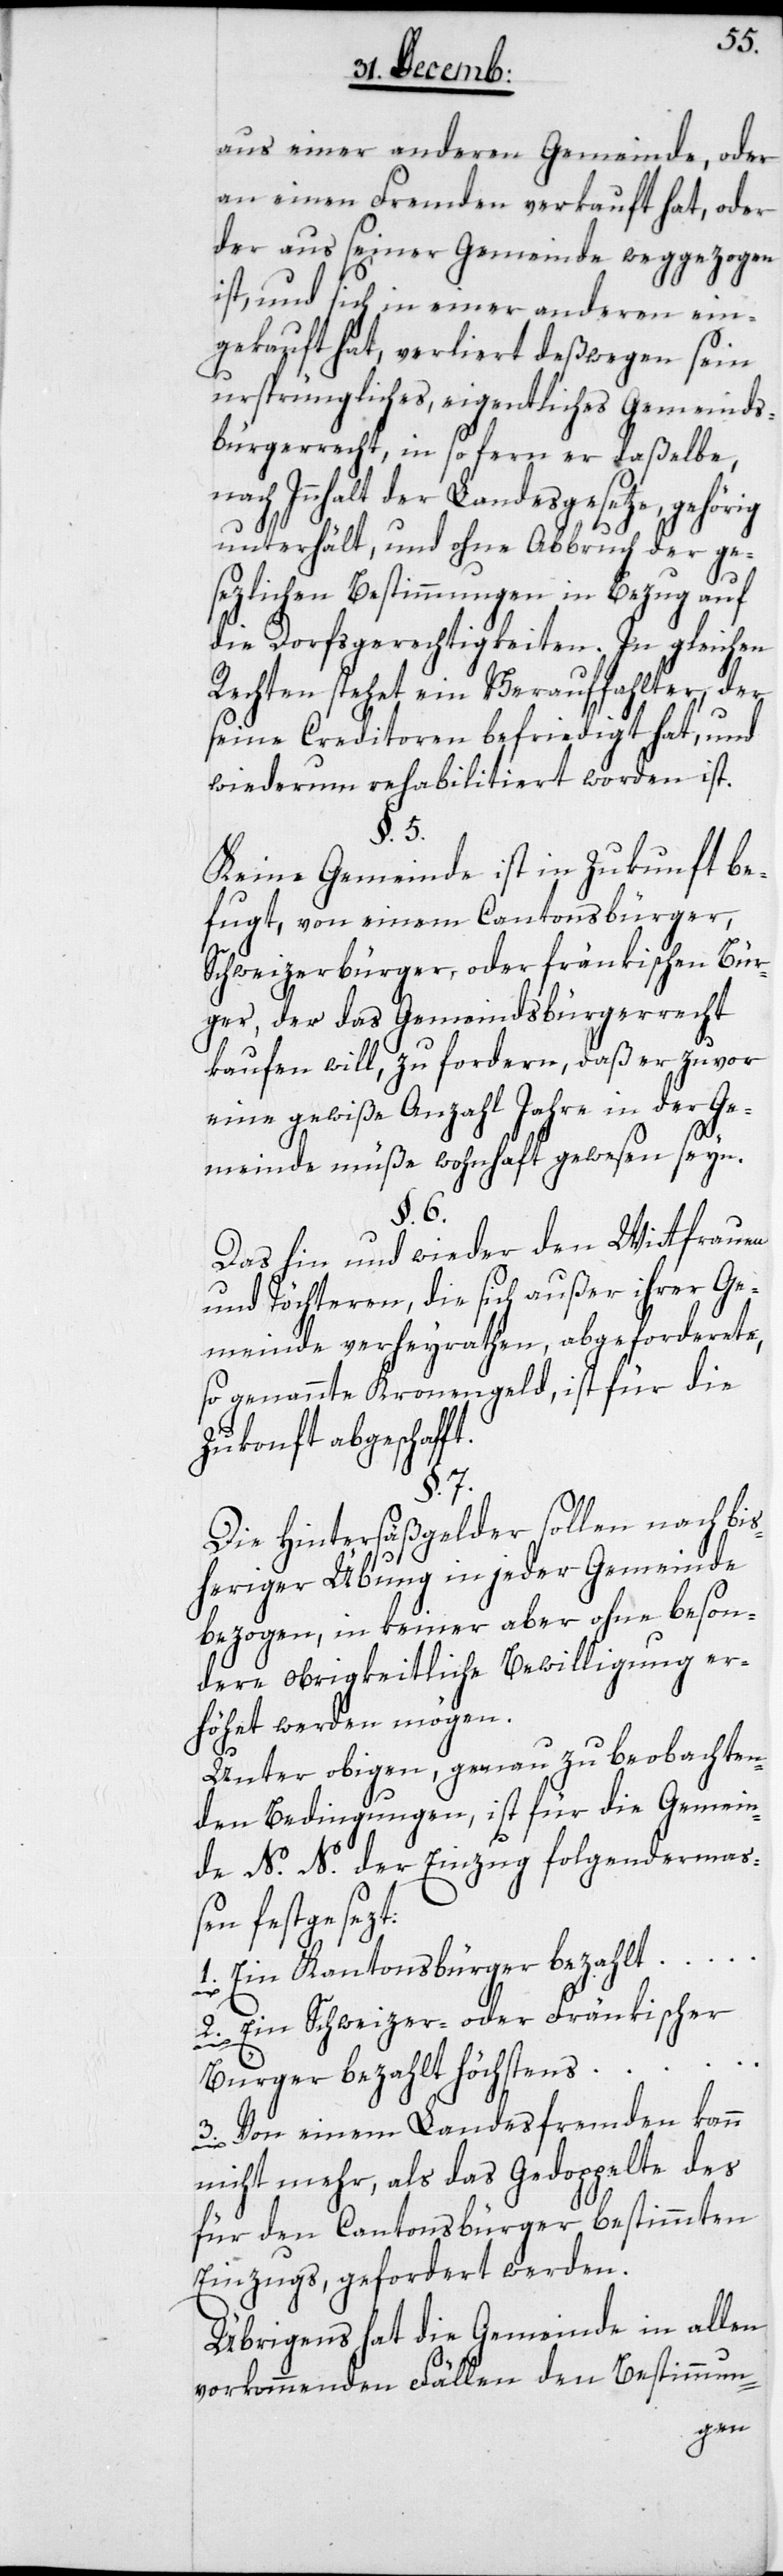
aus einer andern Gemeinde, oder
an einen Fremden verkauft hat, oder
der aus seiner Gemeinde weggezogen
ist, und sich in einer anderen ein¬
gekauft hat, verliert deßwegen sein
ursprüngliches, eigentliches Gemeinds¬
bürgerrecht, insofern er daßelbe,
nach Innhalt der Landesgesetze, gehörig
t.
unterhält, und ohne Abbruch der ge¬
setzlichen Bestimmungen, in Bezug auf
die Dorfsgerechtigkeiten. In gleichen
Rechten stehet ein Verauffahlter
seine Creditoren befriedigt hat, und
wiederum rehabilitiert worden ist.
§. 5.
Keine Gemeinde ist in Zukunft be¬
fugt, von einem Cantonsbürger,
Schweizerbürger oder fränkischen Bür¬
ger, der das Gemeindsbürgerrecht
kaufen will, zu fordern, daß er zuvor
eine gewiße Anzahl Jahre in der Ge¬
meinde müße wohnhaft gewesen seyn.
§. 6.
Das hin und wieder den Witffrauen
und Töchteren, die sich außer ihrer Ge¬
meinde verheyrathen, abgeforderete,
so genannte Kronengeld, ist für die
Zukonft abgeschaff¬
§. 7.
Die Hintersäßgelder sollen nach bis¬
heriger Übung in jeder Gemeinde
bezogen, in keiner aber ohne beson¬
dere obrigkeitliche Bewilligung er¬
höhet werden mögen.
Unter obigen, genau zu beobachten¬
den Bedingungen, ist für die Gemein¬
de N. N. der Einzug folgenderma¬
ßen festgesezt:
1. Ein Kantonsbürger bezahlt …
2. Ein Schweizer- oder Fränkischer
Bürger bezahlt höchstens …
3. Von einem Lamdesfremden kann
nicht mehr als das Gedoppelte des
für den Cantonsbürger bestimmten
Einzugs, gefordert werden.
Übrigens hat die Gemeinde in allen
vorkommenden Fällen den Bestimmun-